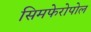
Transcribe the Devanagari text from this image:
सिमफेरोपोल